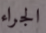
الجراء